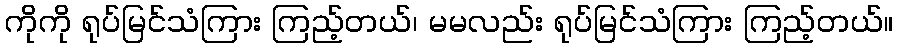
ကိုကို ရုပ်မြင်သံကြား ကြည့်တယ်၊ မမလည်း ရုပ်မြင်သံကြား ကြည့်တယ်။